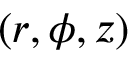
( r , \phi , z )